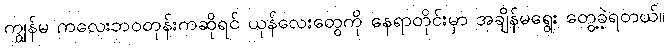
ကျွန်မ ကလေးဘဝတုန်းကဆိုရင် ယုန်လေးတွေကို နေရာတိုင်းမှာ အချိန်မရွေး တွေ့ခဲ့ရတယ်။